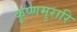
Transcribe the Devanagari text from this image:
कृष्णमुरारि